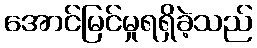
အောင်မြင်မှုရရှိခဲ့သည်